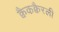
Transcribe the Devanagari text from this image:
क्वैकक्वैरली